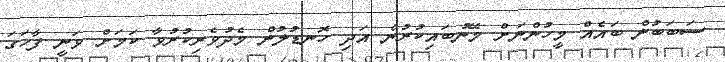
ސަބަބުން ބައެއް މީހުންނަށް މޭނުބައިކުރުން އަދި ހޮނޑުލުން މެދުވެރިކުރުވާ ކަމަށް ވަނީ ފާހަގަ